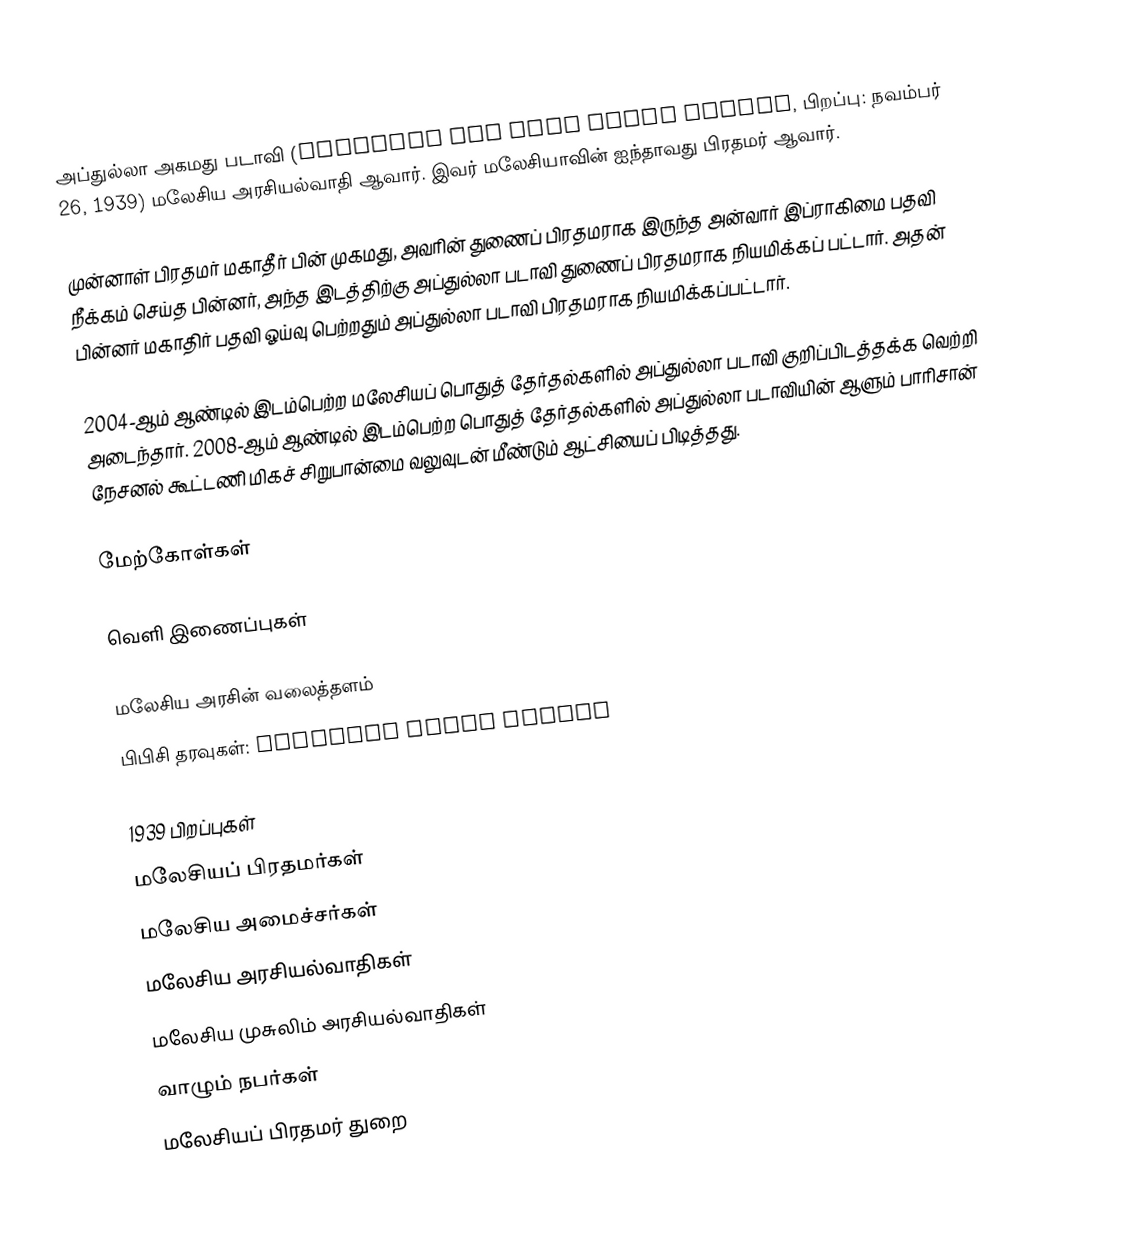
அப்துல்லா அகமது படாவி (Abdullah bin Haji Ahmad Badawi, பிறப்பு: நவம்பர் 26, 1939) மலேசிய அரசியல்வாதி ஆவார். இவர் மலேசியாவின் ஐந்தாவது பிரதமர் ஆவார்.

முன்னாள்  பிரதமர்  மகாதீர் பின் முகமது, அவரின் துணைப் பிரதமராக இருந்த அன்வார் இப்ராகிமை பதவி நீக்கம் செய்த பின்னர், அந்த இடத்திற்கு அப்துல்லா படாவி துணைப் பிரதமராக நியமிக்கப் பட்டார். அதன் பின்னர் மகாதிர் பதவி ஓய்வு பெற்றதும் அப்துல்லா படாவி பிரதமராக நியமிக்கப்பட்டார்.

2004-ஆம் ஆண்டில் இடம்பெற்ற மலேசியப் பொதுத் தேர்தல்களில் அப்துல்லா படாவி குறிப்பிடத்தக்க வெற்றி அடைந்தார். 2008-ஆம் ஆண்டில் இடம்பெற்ற பொதுத் தேர்தல்களில் அப்துல்லா படாவியின் ஆளும் பாரிசான் நேசனல் கூட்டணி மிகச் சிறுபான்மை வலுவுடன் மீண்டும் ஆட்சியைப் பிடித்தது.

மேற்கோள்கள்

வெளி இணைப்புகள்

மலேசிய அரசின் வலைத்தளம்
பிபிசி தரவுகள்: Abdullah Ahmad Badawi

1939 பிறப்புகள்
மலேசியப் பிரதமர்கள்
மலேசிய அமைச்சர்கள்
மலேசிய அரசியல்வாதிகள்
மலேசிய முசுலிம் அரசியல்வாதிகள்
வாழும் நபர்கள்
மலேசியப் பிரதமர் துறை